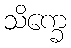
သိက္ခေ